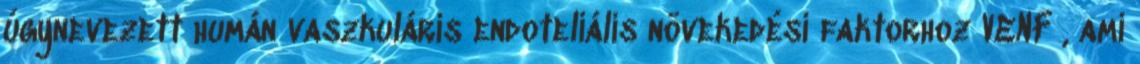
úgynevezett humán vaszkuláris endoteliális növekedési faktorhoz VENF , ami